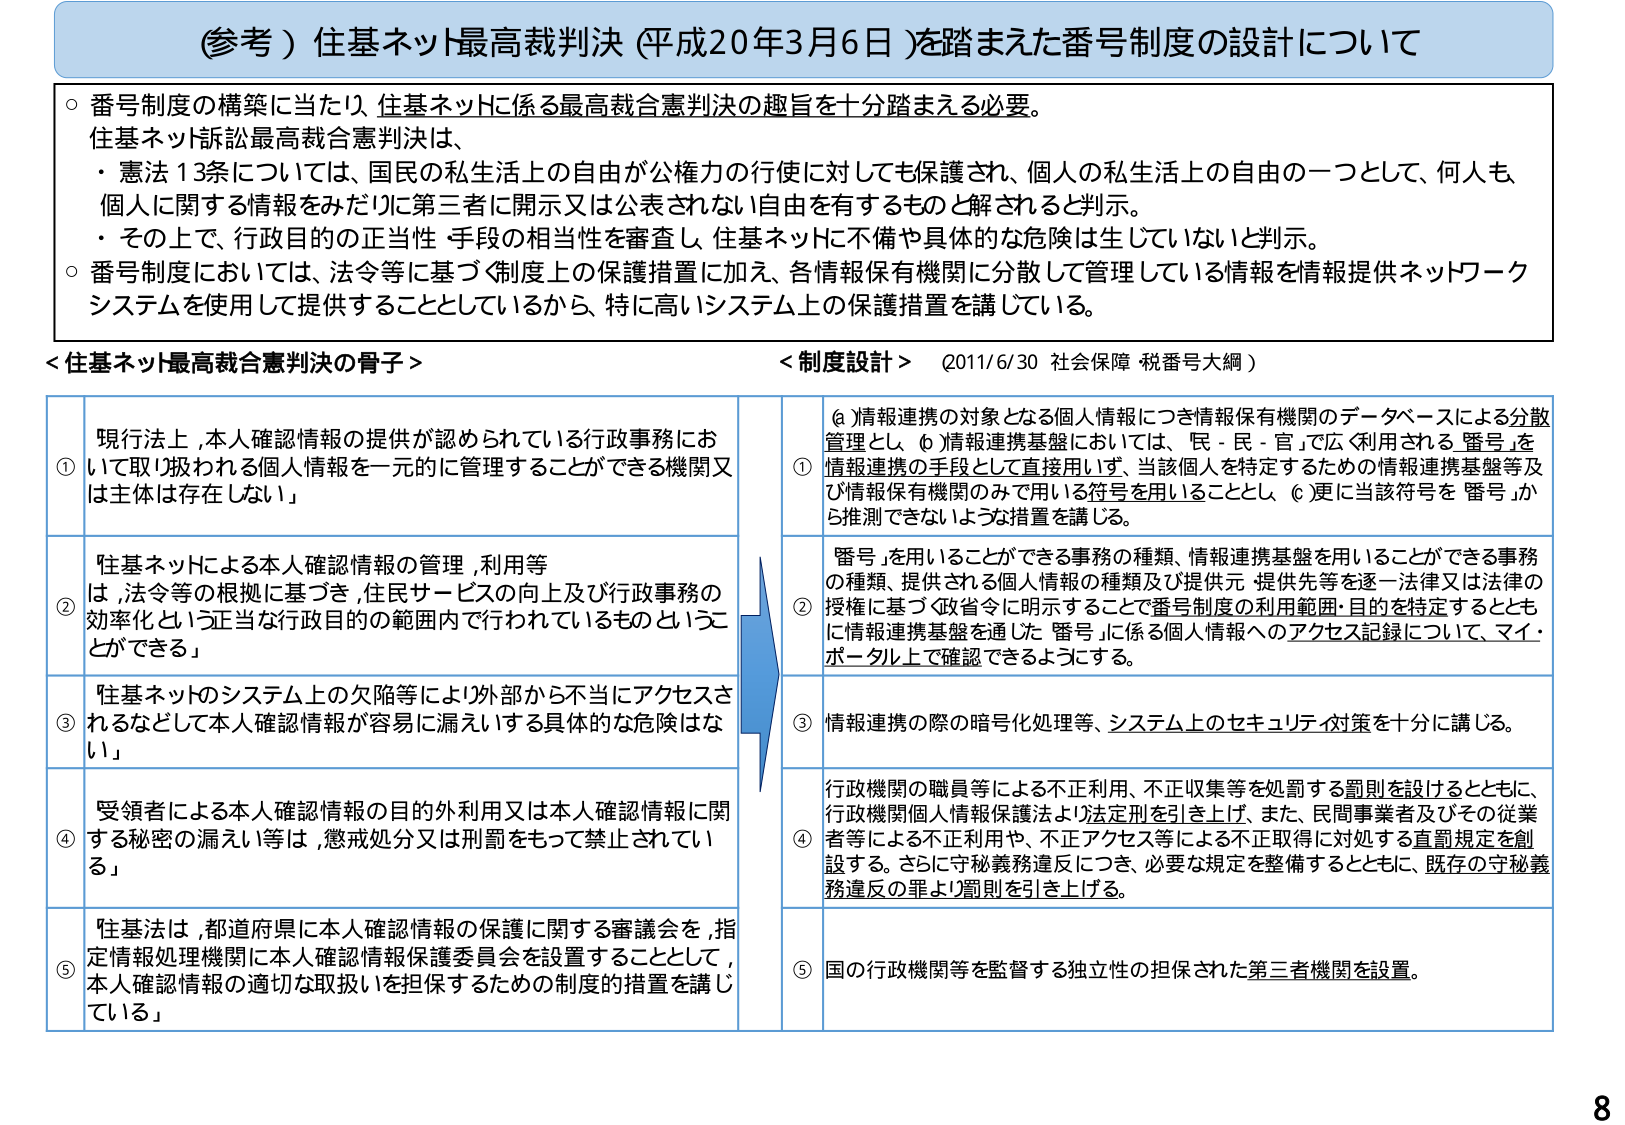
（参考）住基ネット最高裁判決（平成20年3月6日）を踏まえた番号制度の設計について

○ 番号制度の構築に当たり、住基ネットに係る最高裁合憲判決の趣旨を十分踏まえる必要。
住基ネット訴訟最高裁合憲判決は、
・ 憲法13条については、国民の私生活上の自由が公権力の行使に対しても保護され、個人の私生活上の自由の一つとして、何人も、個人に関する情報をみだりに第三者に開示又は公表されない自由を有するものと解されると判示。
・ その上で、行政目的の正当性・手段の相当性を審査し、住基ネットに不備や具体的な危険は生じていないと示した。

○ 番号制度においては、法令等に基づく制度上の保護措置に加え、各情報保有機関に分散して管理している情報を情報提供ネットワークシステムを使用して提供することとしているから、特に高いシステム上の保護措置を講じている。

＜住基ネット最高裁合憲判決の骨子＞

① 現行法上、本人確認情報の提供が認められている行政事務において取り扱われる個人情報を一元的に管理することができる機関又は主体は存在しない」

② 「住基ネットによる本人確認情報の管理・利用等は、法令等の根拠に基づき、住民サービスの向上及び行政事務の効率化という正当な行政目的の範囲内で行われているものといえることができる」

③ 「住基ネットのシステム上の欠陥等により外部から不当にアクセスされるなどして本人確認情報が容易に漏えいする具体的な危険はない」

④ 「受領者による本人確認情報の目的外利用又は本人確認情報に関する秘密の漏えい等は、懲戒処分又は刑罰をもって禁止されている」

⑤ 「住基法は、都道府県に本人確認情報の保護に関する審議会を、指定情報処理機関に本人確認情報保護委員会を設置することとして、本人確認情報の適切な取扱いを担保するための制度的措置を講じている」

＜制度設計＞（2011/6/30 社会保障 税番号大綱）

① （a）情報連携の対象となる個人情報につき情報保有機関のデータベースによる分散管理とし、（b）情報連携基盤においては、「民－民－官」で広く利用される「番号」を情報連携の手段として直接用いず、当該個人を特定するための情報連携基盤等及び情報保有機関のみで用いる符号を用いることとし、（c）更に当該符号を「番号」から推測できないような措置を講じる。

② 「番号」を用いることができる事務の種類、情報連携基盤を用いることができる事務の種類、提供される個人情報の種類及び提供元・提供先等を逐一条文又は法律の授権に基づく政省令に明示することで番号制度の利用範囲・目的を特定するとともに、情報連携基盤を通じた「番号」に係る個人情報へのアクセス記録について、マイ・ポータル上で確認できるようにする。

③ 情報連携の際の暗号化処理等、システム上のセキュリティ対策を十分に講じる。

④ 行政機関の職員等による不正利用、不正収集等を処罰する罰則を設けるとともに、行政機関個人情報保護法より法定刑を引き上げ、また、民間事業者及びその従業者等による不正利用や、不正アクセス等による不正取得に対処する直罰規定を創設する。さらに守秘義務違反につき、必要な規定を整備するとともに、既存の守秘義務違反の罪より罰則を引き上げる。

⑤ 国の行政機関等を監督する独立性の担保された第三者機関を設置。

8